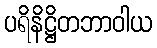
ပရိနိဋ္ဌိတဘာဝါယ